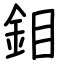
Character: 鉬